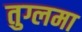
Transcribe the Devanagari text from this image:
तुग्लमा